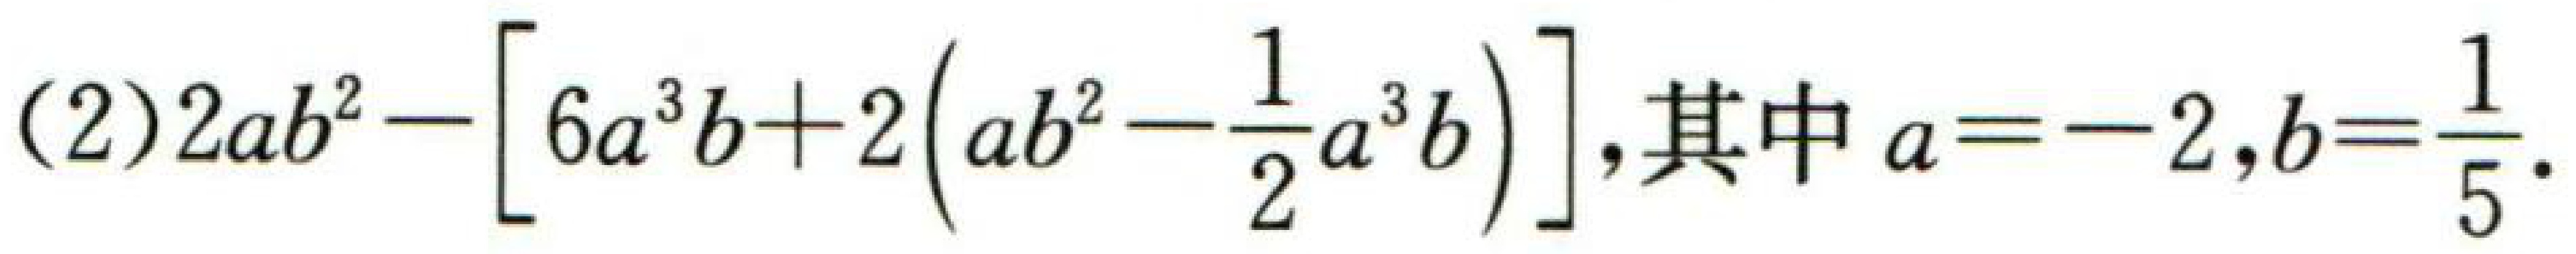
(2)$2ab^{2}-\left[6a^{3}b + 2\left(ab^{2}-\frac{1}{2}a^{3}b\right)\right]$,其中$a = - 2,b=\frac{1}{5}$.